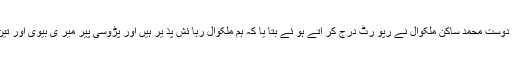
تفصیل کے مطابق تھا نہ صدر پو لیس کو دوست محمد ساکن ملکوال نے رپو رٹ درج کر اتے ہو ئے بتا یا کہ ہم ملکوال رہا ئش پذ یر ہیں اور پڑوسی پیر میر ی بیوی اور تین سالہ بچے کو اغواء کر کے لے گیا ہے ۔